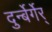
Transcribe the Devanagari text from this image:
दुर्न्बेर्गेर्